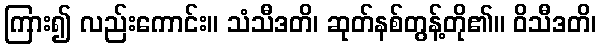
ကြား၍ လည်းကောင်း။ သံသီဒတိ၊ ဆုတ်နစ်တွန့်တို၏။ ဝိသီဒတိ၊